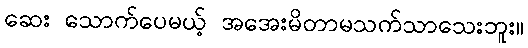
ဆေး သောက်ပေမယ့် အအေးမိတာမသက်သာသေးဘူး။